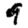
Digit: 9